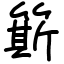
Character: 簛